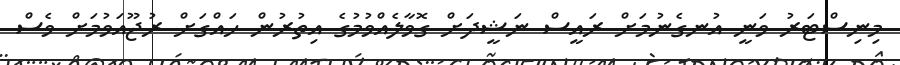
މިނިސްޓަރު ވަނީ އުނގެނުމަށް ރައީސް ނަޝީދަށް ގޮވާލެއްވުމުގެ އިތުރުން ހައްގަށް ރުޖޫއަވުމަށް ވެސް